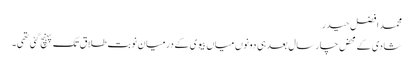
محمد افضل حیدر
شادی کے محض چار سال بعد ہی دونوں میاں بیوی کے درمیان نوبت طلاق تک پہنچ گئی تھی۔